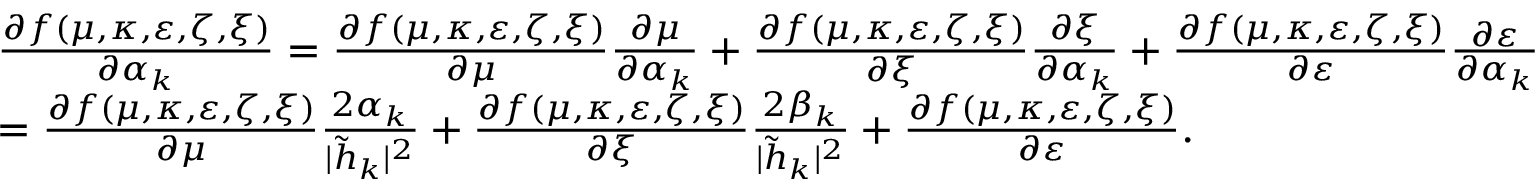
\begin{array} { r l } & { \frac { \partial f ( \mu , \kappa , \varepsilon , \zeta , \xi ) } { \partial \alpha _ { k } } = \frac { \partial f ( \mu , \kappa , \varepsilon , \zeta , \xi ) } { \partial \mu } \frac { \partial \mu } { \partial \alpha _ { k } } + \frac { \partial f ( \mu , \kappa , \varepsilon , \zeta , \xi ) } { \partial \xi } \frac { \partial \xi } { \partial \alpha _ { k } } + \frac { \partial f ( \mu , \kappa , \varepsilon , \zeta , \xi ) } { \partial \varepsilon } \frac { \partial \varepsilon } { \partial \alpha _ { k } } } \\ & { = \frac { \partial f ( \mu , \kappa , \varepsilon , \zeta , \xi ) } { \partial \mu } \frac { 2 \alpha _ { k } } { | \tilde { h } _ { k } | ^ { 2 } } + \frac { \partial f ( \mu , \kappa , \varepsilon , \zeta , \xi ) } { \partial \xi } \frac { 2 \beta _ { k } } { | \tilde { h } _ { k } | ^ { 2 } } + \frac { \partial f ( \mu , \kappa , \varepsilon , \zeta , \xi ) } { \partial \varepsilon } . } \end{array}